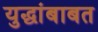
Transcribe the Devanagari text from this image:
युद्धांबाबत